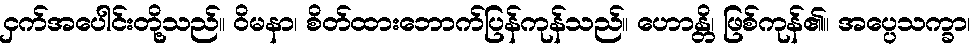
ငှက်အပေါင်းတို့သည်။ ဝိမနာ၊ စိတ်ထားဘောက်ပြန်ကုန်သည်။ ဟောန္တိ၊ ဖြစ်ကုန်၏။ အပ္ပေသက္ခာ၊